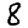
Digit: 8